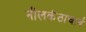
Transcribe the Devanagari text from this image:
नीलकंठाचार्य